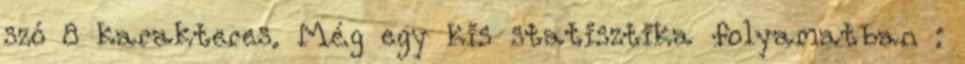
szó 8 karakteres. Még egy kis statisztika folyamatban :